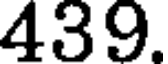
439.